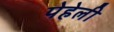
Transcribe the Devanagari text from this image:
पेहेली